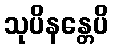
သုပိနန္တေပိ